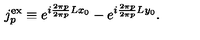
j _ { p } ^ { \mathrm { e x } } \equiv e ^ { i \frac { 2 \pi p } { 2 \pi p } { L } x _ { 0 } } - e ^ { i \frac { 2 \pi p } { 2 \pi p } { L } y _ { 0 } } .